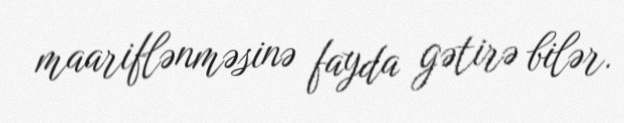
maariflənməsinə fayda gətirə bilər.